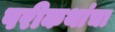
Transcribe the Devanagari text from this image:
परीकथांचा